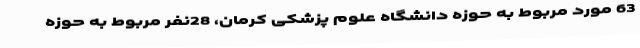
63 مورد مربوط به حوزه دانشگاه علوم پزشکی کرمان، 28نفر مربوط به حوزه